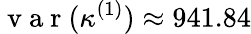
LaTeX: \mathrm{~v~a~r~}(\kappa^{(1)})\approx 941.84